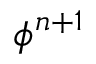
\phi ^ { n + 1 }